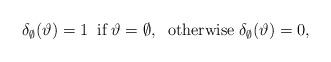
LaTeX: \begin{align*}\delta_\emptyset(\vartheta)=1\;\;\textrm{if}\;\vartheta=\emptyset,\;\;\textrm{otherwise}\;\delta_\emptyset(\vartheta)=0,\end{align*}